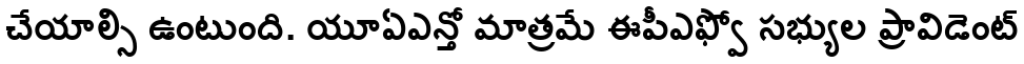
చేయాల్సి ఉంటుంది. యూఏఎన్తో మాత్రమే ఈపీఎఫ్వో సభ్యుల ప్రావిడెంట్